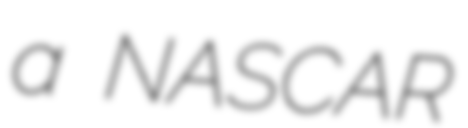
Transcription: a NASCAR